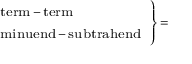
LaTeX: \scriptstyle \left. { \begin{array} { l } { \scriptstyle { \mathrm { t e r m } } \, - \, { \mathrm { t e r m } } } \\ { \scriptstyle { \mathrm { m i n u e n d } } \, - \, { \mathrm { s u b t r a h e n d } } } \end{array} } \right\} \, =